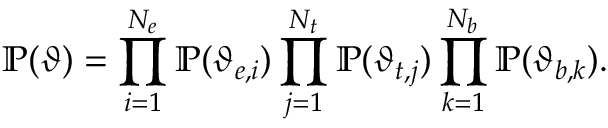
\mathbb { P } ( \boldsymbol { \vartheta } ) = \prod _ { i = 1 } ^ { N _ { e } } \mathbb { P } ( \vartheta _ { e , i } ) \prod _ { j = 1 } ^ { N _ { t } } \mathbb { P } ( \vartheta _ { t , j } ) \prod _ { k = 1 } ^ { N _ { b } } \mathbb { P } ( \vartheta _ { b , k } ) .